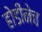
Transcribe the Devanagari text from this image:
होडीनेच